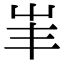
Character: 𡴇